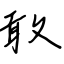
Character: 敢